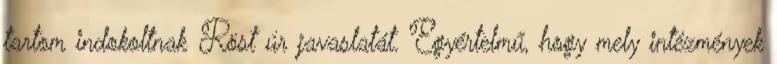
tartom indokoltnak Röst úr javaslatát. Egyértelmű, hogy mely intézmények